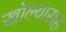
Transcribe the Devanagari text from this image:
खोल्यासह